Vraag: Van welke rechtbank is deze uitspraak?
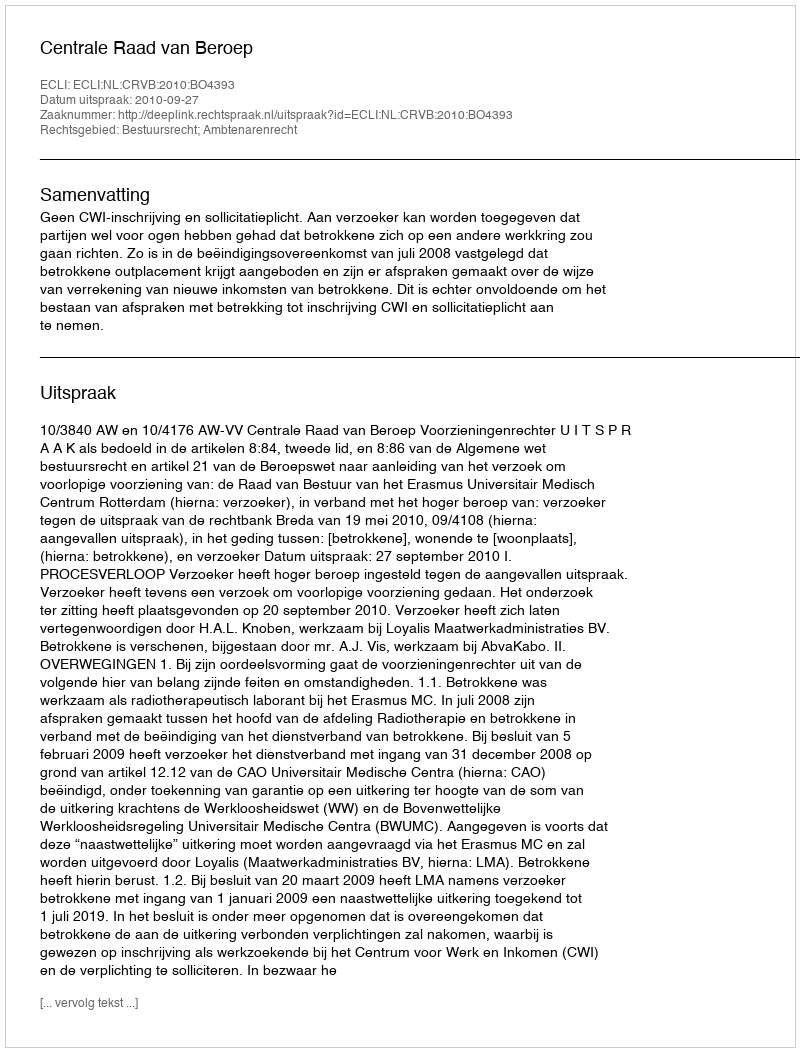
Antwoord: Centrale Raad van Beroep